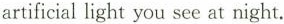
artificial light you see at night.